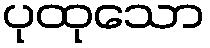
ပုထုသော